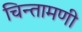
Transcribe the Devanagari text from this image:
चिन्तामणी